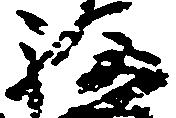
福